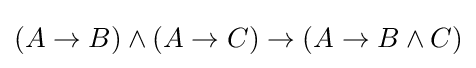
(A\to B)\land (A\to C)\to (A\to B\land C)